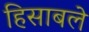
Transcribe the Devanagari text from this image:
हिसाबले